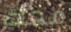
معك